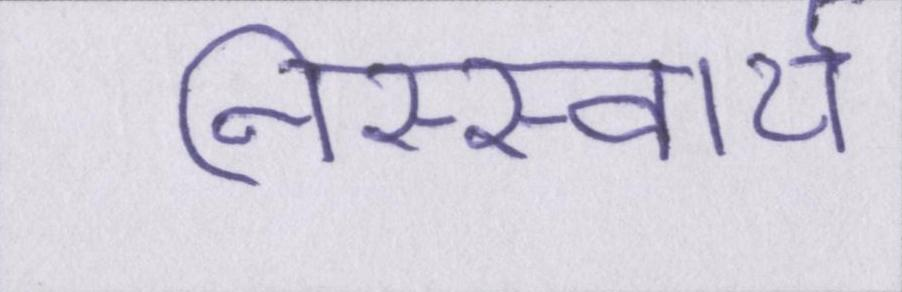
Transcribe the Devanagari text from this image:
निस्स्वार्थ